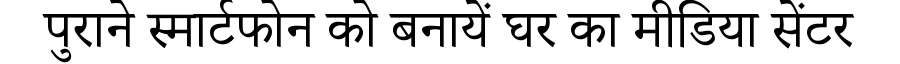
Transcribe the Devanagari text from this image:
पुराने स्मार्टफोन को बनायें घर का मीडिया सेंटर